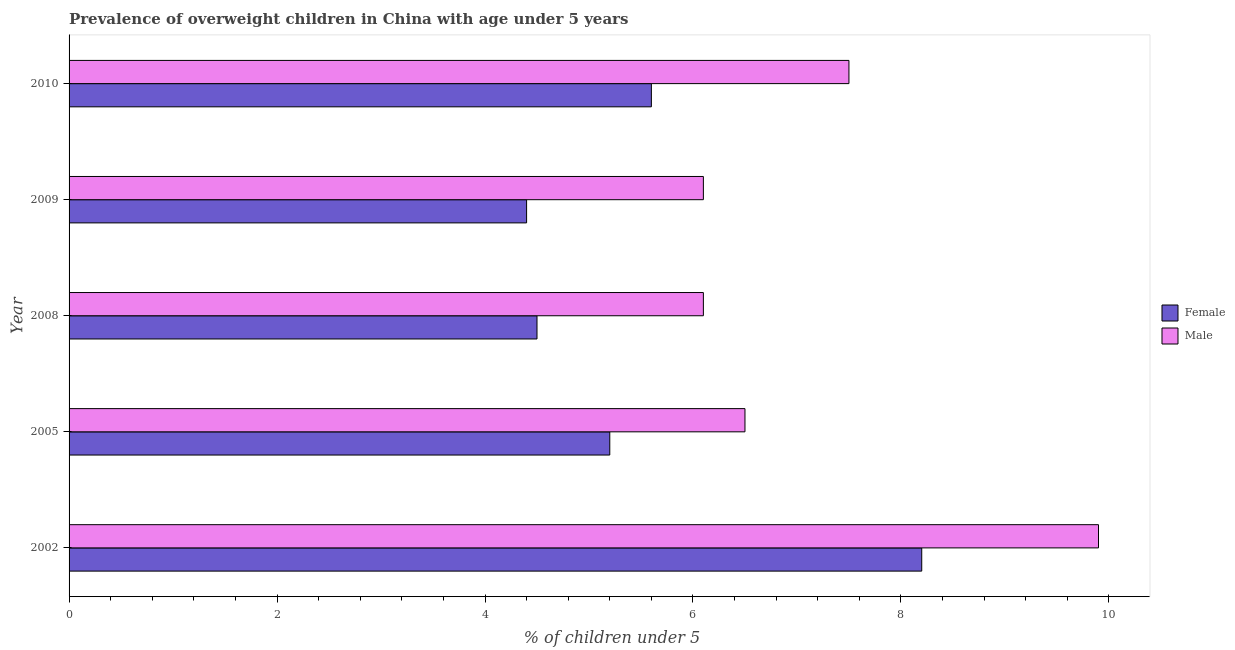
| Year | Female | Male |
 | --- | --- | --- |
 | 2002 | 8.2 | 9.9 |
 | 2005 | 5.2 | 6.5 |
 | 2008 | 4.5 | 6.1 |
 | 2009 | 4.4 | 6.1 |
 | 2010 | 5.6 | 7.5 |